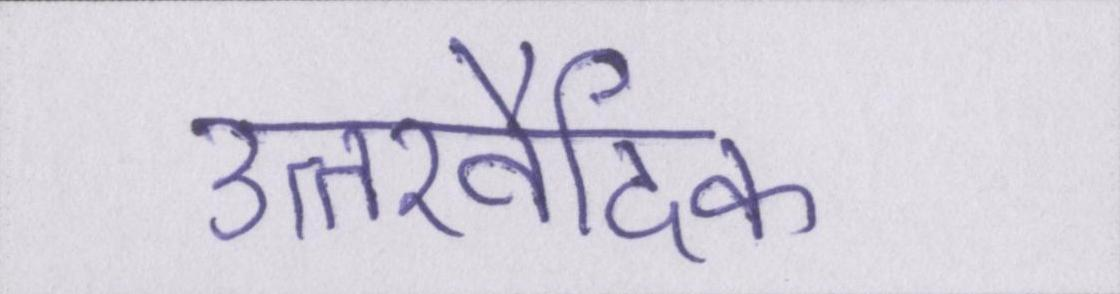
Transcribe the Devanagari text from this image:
उत्तरवैदिक